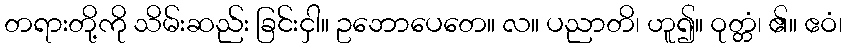
တရားတို့ကို သိမ်းဆည်း ခြင်းငှါ။ ဥဘောပေတေ။ လ။ ပညာတိ၊ ဟူ၍။ ဝုတ္တံ၊ ၏။ ဧဝံ၊